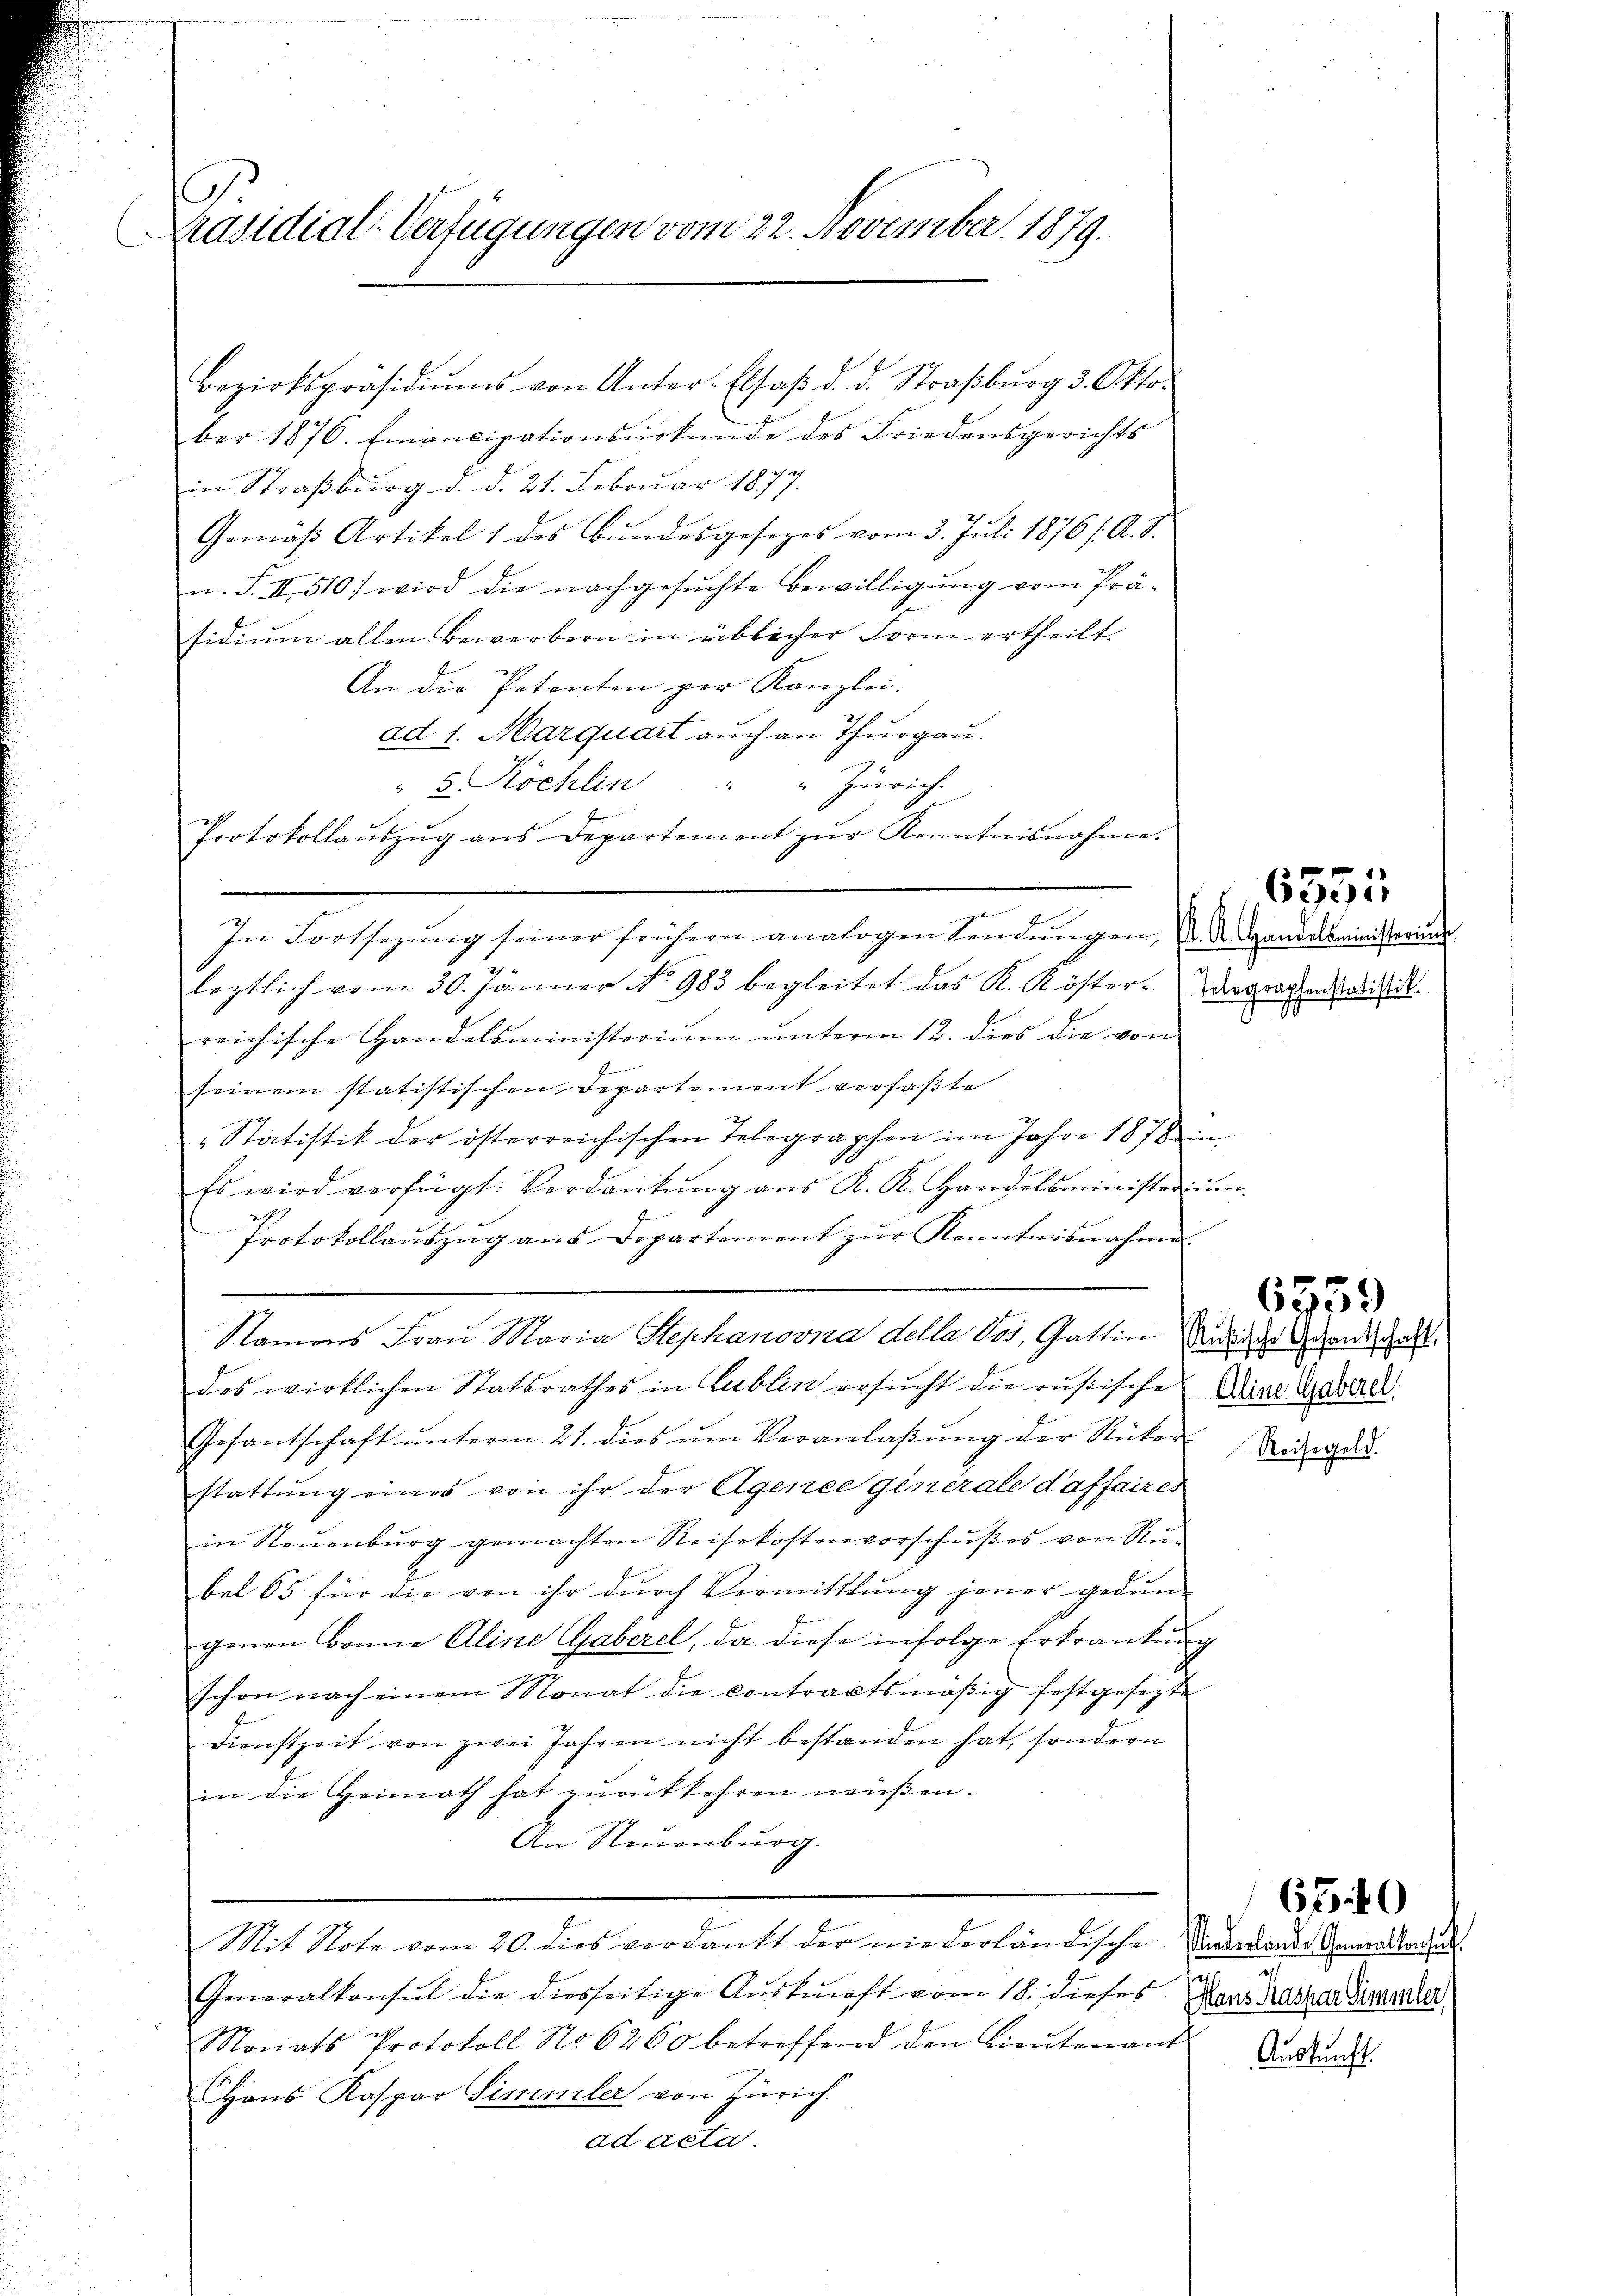
C
Präsidial-Verfügungen vom 22. November. 1879.
.

ber 1876. Emancipationsurkunde des Friedensgerichts
in Straßburg d. d. 21. Februar 1877.
Gemäß Artikel 1 des Bundesgesezes vom 3. Juli 1876 /: A. S.
u. S. II 510 wird die nachgesuchte Bewilligung vom Prä-
sidium allen Bewerbern in üblicher Form ertheilt.
An die Petenten per Kanzlei-
ad 1. Marquart auch an Thurgau.
" 5. Köchlin
" Zürich
Protokollaŭszŭg ans Departement zŭr Kenntnisnahme.

In Fortsegŭng seiner frühern analogen Sendŭngen, d. d. Handelsministerium
leztlich vom 30. Jänner No 983 begleitet das K. Köster-Aegraphenlistik
reichische Handelsministerium unterm 12. dies die von
seinem statistischen Departement verfaßte
" Statistik der österreichischen Telegraphen im Jahre 1878 ein
Es wird verfügt: Verdankŭng aŭs K. K. Handelsministerium
Protokollaŭszŭg ans Departement zŭr Kenntnisnahme
1
des wirklichen Statsrathes in Lublik ersucht die rusische Dine Gewall
Gesantschaft ŭnterm 21. dies ŭm Veranlaβŭng der Rücker
stattung eines von ihr der Agence generale daffaires
in Neuenburg gemachten Reisekostenvorschußes von Rü-
bet 65 für die von ihr dŭrch Vermittlung jener gedun-
genen Bonne Aline Gaberel, da diese infolge Erkrankung
schon nach einem Monat die contractsmäßig festgesetzte
Dienstzeit von zwei Jahren nicht bestanden hat, sondern
in die Heimath hat zurükkehren müßen.
An Neuenburg.
Mit Note vom 20. dies verdankt der niederländische Vorderlande Generaltar un
Generalkonsul die diesseitige Auskunft vom 18. dieses Hans Radker Simmler
Monats Protokoll No 6260 betreffend den Lieŭtenant Urkund
Hans Kaspar Simmler von Zürich.
ad acta.

Bezirkspräsidiŭms von Unter-Elsaß d. d. Straβbŭrg 3. Okto

Namens Frau Maria Stephanovna della dos, Gattin Wider Grandschafft

Reiseg

6355

6559

2

650